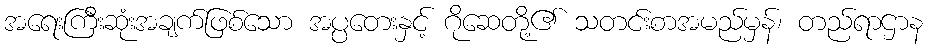
အရေးကြီးဆုံးအချက်ဖြစ်သော အပ္ပတေးနှင့် ဂိုဆေတို့၏ သတင်းစာအမည်မှန်၊ တည်ရာဌာန